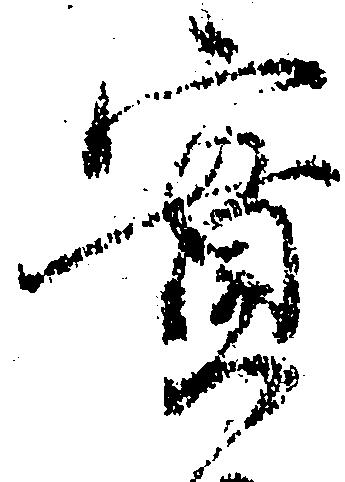
実